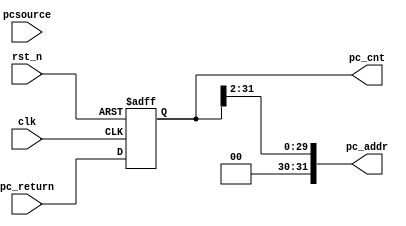
`timescale      1ns/1ps
// *********************************************************************************
// Project Name :       
// Blogs        : http://www.cnblogs.com/ninghechuan/
// Module Name  :
// Called By    :
// Abstract     :
//
// CopyRight(c) 2018, NingHeChuan Studio.. 
// All Rights Reserved
//
// *********************************************************************************
// Modification History:
// Date         By              Version                 Change Description
// -----------------------------------------------------------------------
// 2018/4/14    NingHeChuan       1.0                     Original
//  
// *********************************************************************************

module Program_Count(
    input                   clk,
    input                   rst_n,
    input           [31:0]  pc_return,
    input           [1:0]   pcsource,
    output        [31:0]  pc_addr,
    output      reg [31:0]  pc_cnt

);
//-------------------------------------------------------
//pc_addr
/*
always  @(posedge clk or negedge rst_n)begin
    if(rst_n == 1'b0)
        pc_addr <= 32'd0;
    else 
        pc_addr <= pc_return >> 2;
end*/
 

always  @(posedge clk or negedge rst_n)begin
    if(rst_n == 1'b0)
        pc_cnt <= 32'd0;
    else
        pc_cnt <= pc_return;
end



assign pc_addr = pc_cnt[31:2];

endmodule